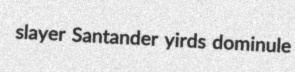
slayer Santander yirds dominule